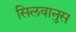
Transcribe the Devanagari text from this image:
सिलवानुस